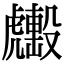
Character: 𧈑